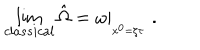
\lim _ { c l a s s i c a l } \hat { \Omega } = \left. \omega \right| _ { _ { x ^ { 0 } = \zeta \tau } } \; .